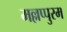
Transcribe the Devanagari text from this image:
मल्लप्पुरम